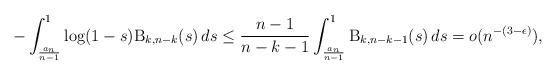
LaTeX: \begin{align*}-\int_{\frac{a_n}{n-1}}^1 \log(1-s)\mathrm{B}_{k,n-k}(s) \, ds \leq \frac{n-1}{n-k-1} \int_{\frac{a_n}{n-1}}^1 \mathrm{B}_{k,n-k-1}(s) \, ds = o(n^{-(3-\epsilon)}),\end{align*}